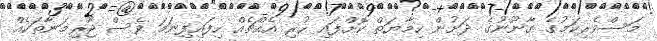
މަސްވެރިކަމުގެ ގާނޫނުގެ ދަށުން ހިމާޔަތް ކޮށްފައި ހުރި އެއްޗެއް ހިފައިފިނަމަ ވެސް ޖޫރިމަނާތަކެއް